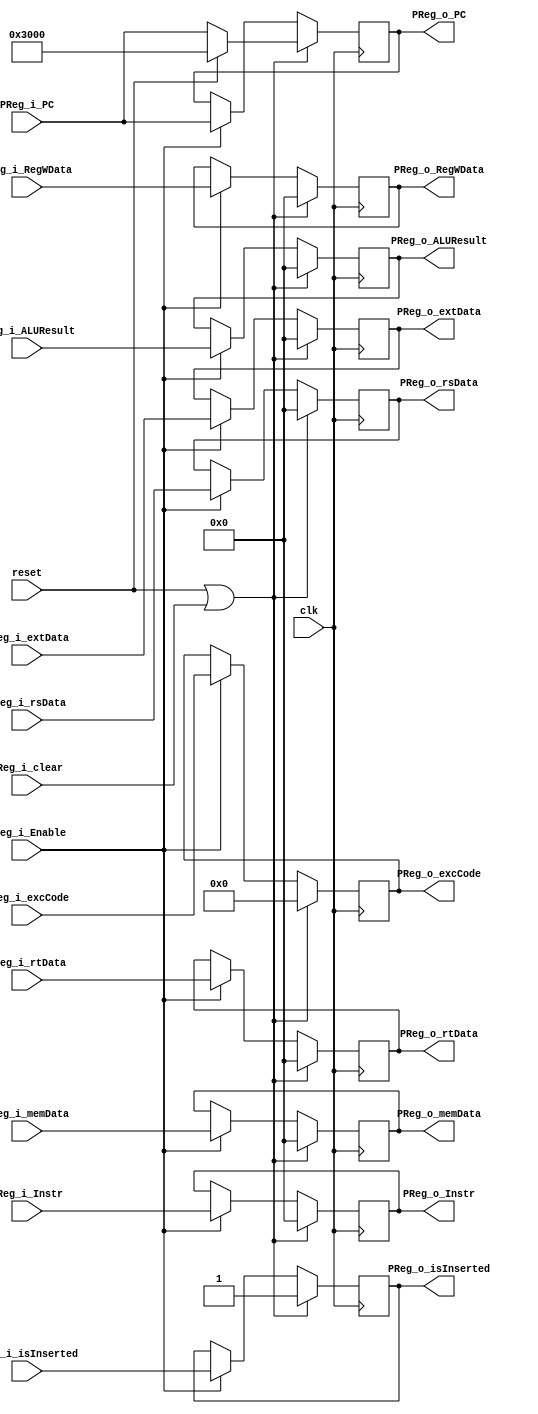
`timescale 1ns / 1ps
//////////////////////////////////////////////////////////////////////////////////
// Company: 
// Engineer: 
// 
// Design Name: 
// Module Name:    PReg 
// Project Name: 
// Target Devices: 
// Tool versions: 
// Description: 
//
// Dependencies: 
//
// Revision: 
// Revision 0.01 - File Created
// Additional Comments: 
//
//////////////////////////////////////////////////////////////////////////////////
module PReg(
    input clk,
    input reset,
    input PReg_i_clear,
    input PReg_i_Enable,
    input PReg_i_isInserted,
    input [31:0] PReg_i_Instr,
    input [31:0] PReg_i_PC,
    input [31:0] PReg_i_rsData,
    input [31:0] PReg_i_rtData,
    input [31:0] PReg_i_extData,
    input [31:0] PReg_i_ALUResult,
    input [31:0] PReg_i_memData,
    input [31:0] PReg_i_RegWData,
    input [4:0] PReg_i_excCode,
    output PReg_o_isInserted,
    output [31:0] PReg_o_Instr,
    output [31:0] PReg_o_PC,
    output [31:0] PReg_o_rsData,
    output [31:0] PReg_o_rtData,
    output [31:0] PReg_o_extData,
    output [31:0] PReg_o_ALUResult,
    output [31:0] PReg_o_memData,
    output [31:0] PReg_o_RegWData,
    output [4:0] PReg_o_excCode
    );

    reg PReg_isInserted = 1'b1;
    reg [31:0] PReg_Instr = 32'b0;
    reg [31:0] PReg_PC = 32'h3000;
    reg [31:0] PReg_rsData = 32'b0;
    reg [31:0] PReg_rtData = 32'b0;
    reg [31:0] PReg_extData = 32'b0;
    reg [31:0] PReg_ALUResult = 32'b0;
    reg [31:0] PReg_memData = 32'b0;
    reg [31:0] PReg_RegWData = 32'b0;
    reg [4:0] PReg_excCode = 5'd0;

    always @(posedge clk ) begin
        if(reset || PReg_i_clear) begin
            PReg_isInserted <= 32'b1;   // ! will be 1 if is inserted nop
            PReg_Instr <= 32'b0;
            PReg_PC <= reset?32'h3000:PReg_i_PC;  // useful!!!
            PReg_rsData <= 32'b0;
            PReg_rtData <= 32'b0;
            PReg_extData <= 32'b0;
            PReg_ALUResult <= 32'b0;
            PReg_memData <= 32'b0;
            PReg_RegWData <= 32'b0;
            PReg_excCode <= 5'd0;
        end
        else if(PReg_i_Enable) begin
            PReg_isInserted <= PReg_i_isInserted;
            PReg_Instr <= PReg_i_Instr;
            PReg_PC <= PReg_i_PC;
            PReg_rsData <= PReg_i_rsData;
            PReg_rtData <= PReg_i_rtData;
            PReg_extData <= PReg_i_extData;
            PReg_ALUResult <= PReg_i_ALUResult;
            PReg_memData <= PReg_i_memData;
            PReg_RegWData <= PReg_i_RegWData;
            PReg_excCode <= PReg_i_excCode;
        end
    end

    assign PReg_o_isInserted = PReg_isInserted;
    assign PReg_o_Instr = PReg_Instr;
    assign PReg_o_PC = PReg_PC;
    assign PReg_o_rsData = PReg_rsData;
    assign PReg_o_rtData = PReg_rtData;
    assign PReg_o_extData = PReg_extData;
    assign PReg_o_ALUResult = PReg_ALUResult;
    assign PReg_o_memData = PReg_memData;
    assign PReg_o_RegWData = PReg_RegWData;
    assign PReg_o_excCode = PReg_excCode;


endmodule